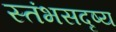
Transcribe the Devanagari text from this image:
स्तंभसदृष्य